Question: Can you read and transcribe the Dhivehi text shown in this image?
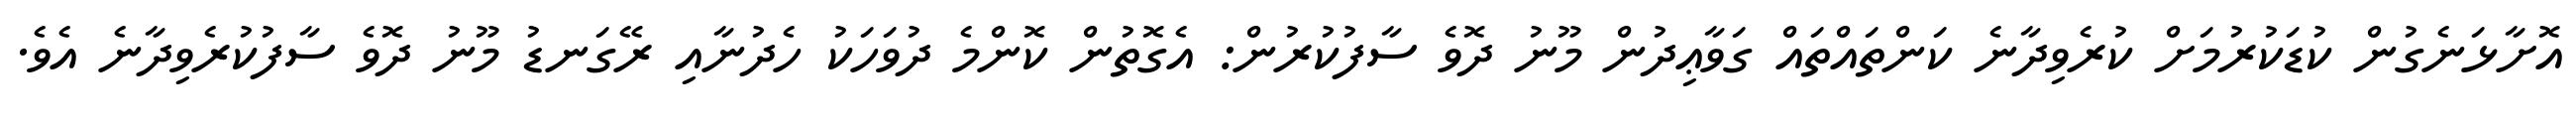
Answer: އޮށާޅަނެގުން ކުޑަކުރުމަށް ކުރެވިދާނެ ކަންތައްތައް ގަވާޢިދުން މޫނު ދޮވެ ސާފުކުރުން: އެގޮތުން ކޮންމެ ދުވަހަކު ހެދުނާއި ރޭގަނޑު މޫނު ދޮވެ ސާފުކުރެވިދާނެ އެވެ.